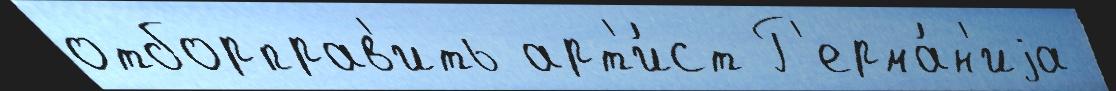
отборправ'ить арт'и́ст Г'ерма́н'иjа